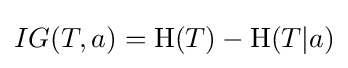
IG(T,a)=\mathrm {H} (T)-\mathrm {H} (T|a)